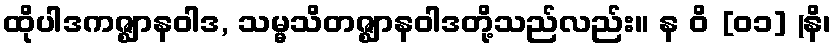
ထိုပါဒကဇ္ဈာနဝါဒ, သမ္မသိတဇ္ဈာနဝါဒတို့သည်လည်း။ န ဝိ [၀၁] (နိ၊